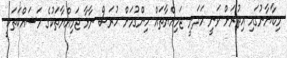
މިބާޔާނުގައި އިތުރަށް ވަނީ މަދަނީ ޖަމިއްޔާތައް ހިންގުމަށް ހުރަސް ނާޅާ ޖަމިއްޔާތަކުގެ މަސައްކަތަކީ